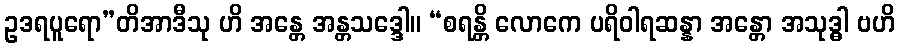
ဥဒရပူရော”တိအာဒီသု ဟိ အန္တေ အန္တသဒ္ဒေါ။ “စရန္တိ လောကေ ပရိဝါရဆန္နာ အန္တော အသုဒ္ဓါ ဗဟိ